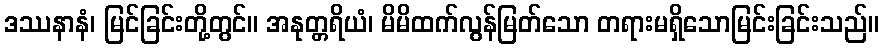
ဒဿနာနံ၊ မြင်ခြင်းတို့တွင်။ အနုတ္တရိယံ၊ မိမိထက်လွန်မြတ်သော တရားမရှိသောမြင်းခြင်းသည်။